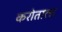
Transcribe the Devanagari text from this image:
करोताला